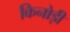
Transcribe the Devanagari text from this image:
किनोड़ी